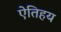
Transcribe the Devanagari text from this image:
ऐतिहय